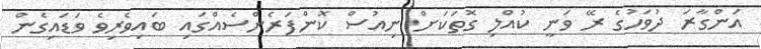
އަންގާރަ ދުވަހުގެ ރޭ ވަނީ ކުއްލި ގޮތަކަށް ނިއުސް ކޮންފަރެންސެއްގައި ބައިވެރިވެ ވަޑައިގެން